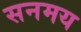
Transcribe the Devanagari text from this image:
सनमय